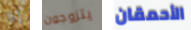
إذا يتزوجون الأحمقان